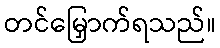
တင်မြှောက်ရသည်။